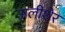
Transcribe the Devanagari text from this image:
अलीशेर